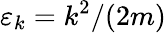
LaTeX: \varepsilon_{k}=k^{2}/(2m)